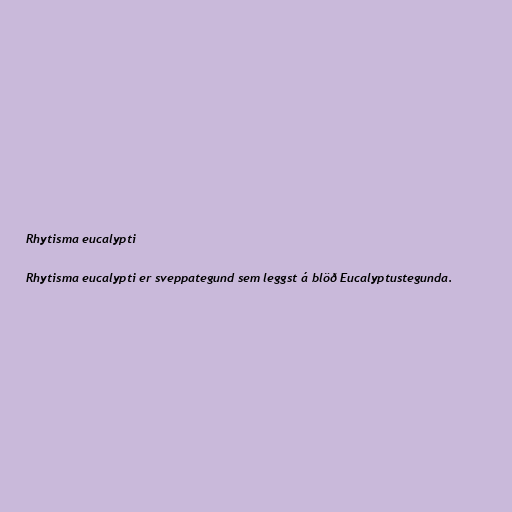
Rhytisma eucalypti

Rhytisma eucalypti er sveppategund sem leggst á blöð Eucalyptustegunda.